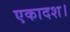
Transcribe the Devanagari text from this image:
एकादश।